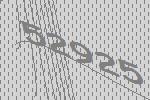
52925